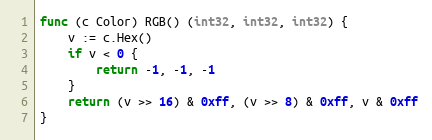
Language: Go
func (c Color) RGB() (int32, int32, int32) {
	v := c.Hex()
	if v < 0 {
		return -1, -1, -1
	}
	return (v >> 16) & 0xff, (v >> 8) & 0xff, v & 0xff
}